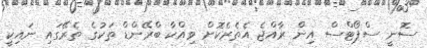
ސޮނީ ސްޕޯޓްސް އިން ރާއްޖެ އެތެރެކޮށް ވިއްކާ ބްރޭންޑް ތަކުގެ ތެރޭގައި ނައިކީ